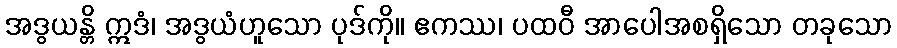
အဒွယန္တိ ဣဒံ၊ အဒွယံဟူသော ပုဒ်ကို။ ဧကဿ၊ ပထဝီ အာပေါအစရှိသော တခုသော